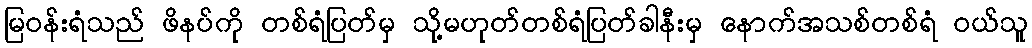
မြဝန်းရံသည် ဖိနပ်ကို တစ်ရံပြတ်မှ သို့မဟုတ်တစ်ရံပြတ်ခါနီးမှ နောက်အသစ်တစ်ရံ ဝယ်သူ